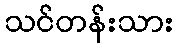
သင်တန်းသား